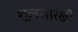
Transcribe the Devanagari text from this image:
शूलसारखी